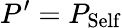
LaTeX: P^{\prime}=P_{\mathrm{Self}}